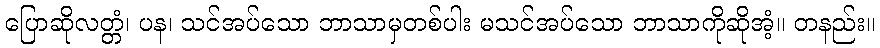
ပြောဆိုလတ္တံ၊ ပန၊ သင်အပ်သော ဘာသာမှတစ်ပါး မသင်အပ်သော ဘာသာကိုဆိုအံ့။ တနည်း။